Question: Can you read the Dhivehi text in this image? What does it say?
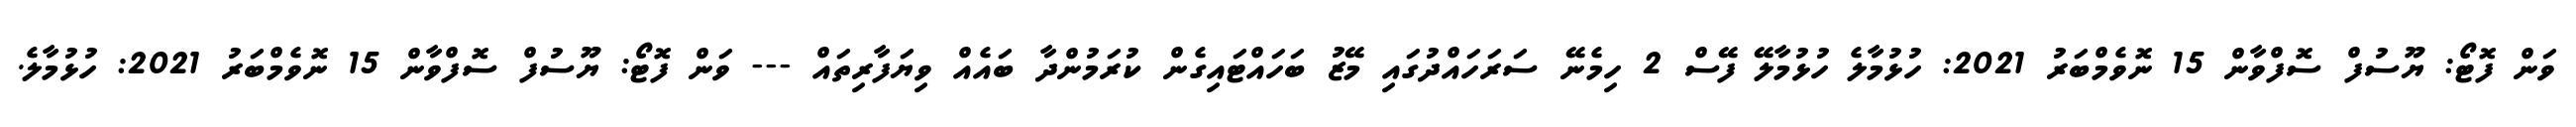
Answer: ވަން ފޮޓޯ: ޔޫސުފް ސޮފްވާން 15 ނޮވެމްބަރު 2021: ހުޅުމާލެ ހުޅުމާލޭ ފޭސް 2 ހިމެނޭ ސަރަހައްދުގައި މޭޒު ބަހައްޓައިގެން ކުރަމުންދާ ބައެއް ވިޔަފާރިތައް --- ވަން ފޮޓޯ: ޔޫސުފް ސޮފްވާން 15 ނޮވެމްބަރު 2021: ހުޅުމާލެ.